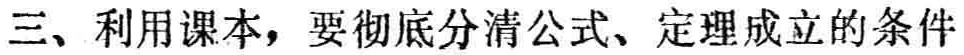
三、利用课本，要彻底分清公式、定理成立的条件